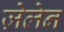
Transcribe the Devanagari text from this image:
ज़ेलेन